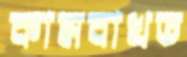
কামবাখত